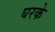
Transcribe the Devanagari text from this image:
घरके